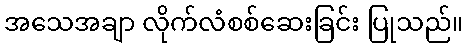
အသေအချာ လိုက်လံစစ်ဆေးခြင်း ပြုသည်။